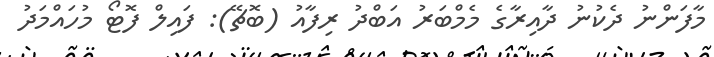
މާފަންނު ދެކުނު ދާއިރާގެ މެމްބަރު އަބްދު ރިފާއު (ބޮޗޭ): ފައިލް ފޮޓޯ މުހައްމަދު